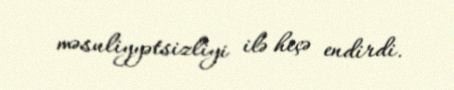
məsuliyyətsizliyi ilə heçə endirdi.